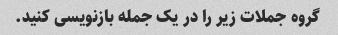
گروه جملات زیر را در یک جمله بازنویسی کنید.